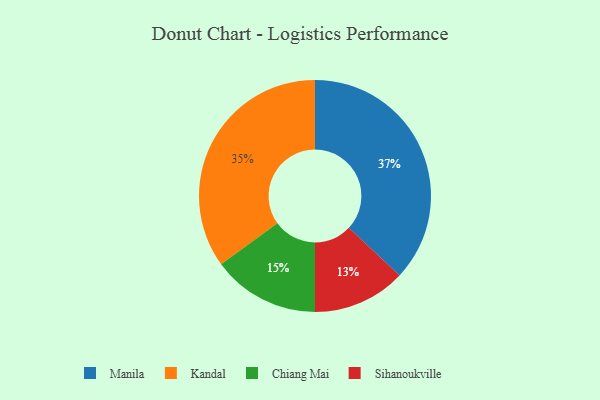
{"axis": {"x": "Category", "y": "Percentage"}, "legend": ["Chiang Mai", "Kandal", "Manila", "Sihanoukville"], "data": [{"x": "Manila", "y": 37, "type": "Manila"}, {"x": "Kandal", "y": 35, "type": "Kandal"}, {"x": "Sihanoukville", "y": 13, "type": "Sihanoukville"}, {"x": "Chiang Mai", "y": 15, "type": "Chiang Mai"}]}